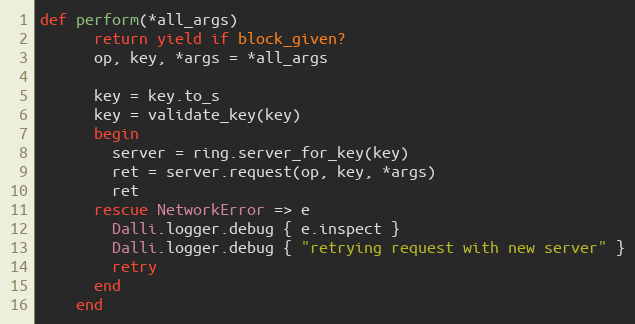
Language: Ruby
def perform(*all_args)
      return yield if block_given?
      op, key, *args = *all_args

      key = key.to_s
      key = validate_key(key)
      begin
        server = ring.server_for_key(key)
        ret = server.request(op, key, *args)
        ret
      rescue NetworkError => e
        Dalli.logger.debug { e.inspect }
        Dalli.logger.debug { "retrying request with new server" }
        retry
      end
    end